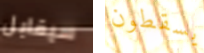
سيقابل يسقطون